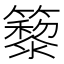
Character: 䉫